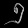
Digit: ၅